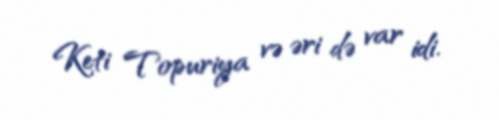
Keti Topuriya və əri də var idi.